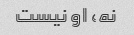
نه، او نیست